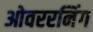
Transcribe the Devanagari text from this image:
ओवररनिंग